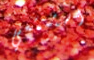
استمتعي